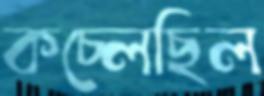
কচ্‌লেছিল